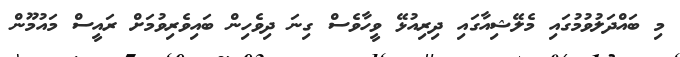
މި ބައްދަލުވުމުގައި މެލޭޝިއާގައި ދިރިއުޅޭ ވީހާވެސް ގިނަ ދިވެހިން ބައިވެރިވުމަށް ރައީސް މައުމޫން